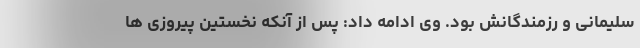
سلیمانی و رزمندگانش بود. وی ادامه داد: پس از آنکه نخستین پیروزی ها